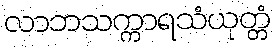
လာဘသက္ကာရသံယုတ္တံ